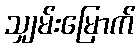
သျှမ်းမြောက်